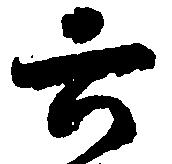
六